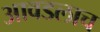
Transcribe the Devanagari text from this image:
आवडलाच